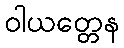
ဝါယတ္တေန